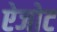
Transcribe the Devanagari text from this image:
ऐजोट